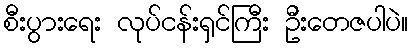
စီးပွားရေး လုပ်ငန်းရှင်ကြီး ဦးတေဇပါပဲ။